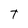
Character: T